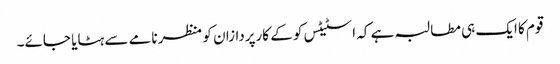
قوم کا ایک ہی مطالبہ ہے کہ اسٹیٹس کو کے کارپردازان کو منظر نامے سے ہٹایا جائے۔